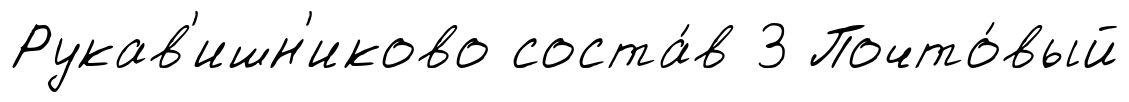
Рукав'ишн'иково соста́в 3 Почто́вый